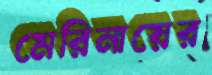
মেরিনায়ের